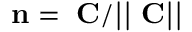
\bf { n } = \nabla C / | | \nabla C | |